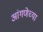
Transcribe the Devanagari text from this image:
आंगणेच्या